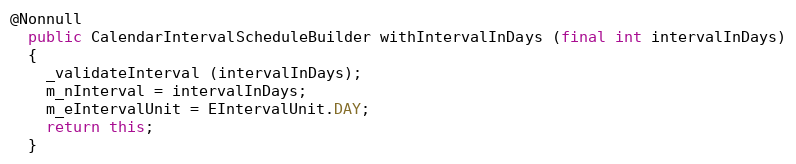
Language: Java
@Nonnull
  public CalendarIntervalScheduleBuilder withIntervalInDays (final int intervalInDays)
  {
    _validateInterval (intervalInDays);
    m_nInterval = intervalInDays;
    m_eIntervalUnit = EIntervalUnit.DAY;
    return this;
  }